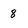
Character: 8